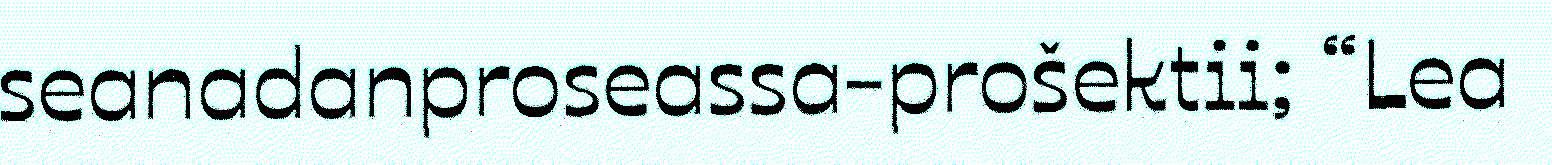
seanadanproseassa-prošektii; “Lea